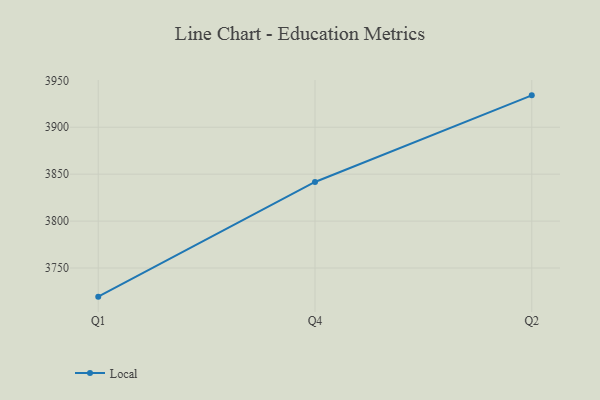
{"axis": {"x": "Quarter", "y": "LTV (USD)"}, "legend": ["Local"], "data": [{"x": "Q1", "y": 3719.5, "type": "Local"}, {"x": "Q4", "y": 3841.7, "type": "Local"}, {"x": "Q2", "y": 3934.0, "type": "Local"}]}